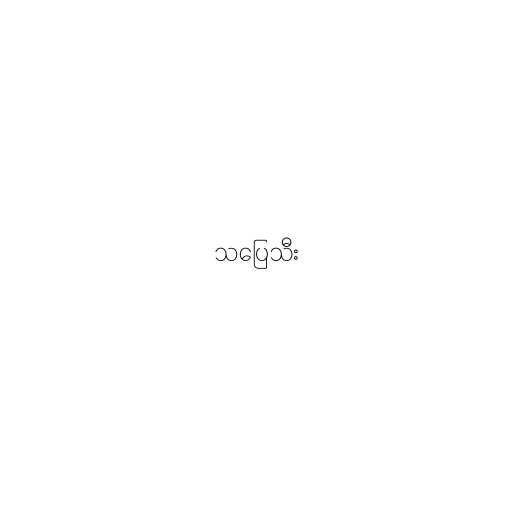
သပြေသီး